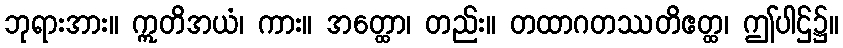
ဘုရားအား။ ဣတိအယံ၊ ကား။ အတ္ထော၊ တည်း။ တထာဂတဿတိဧတ္ထ၊ ဤပါဌ်၌။